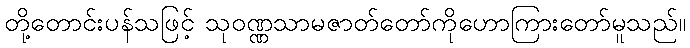
တို့တောင်းပန်သဖြင့် သုဝဏ္ဏသာမဇာတ်တော်ကိုဟောကြားတော်မူသည်။